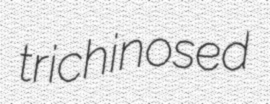
trichinosed